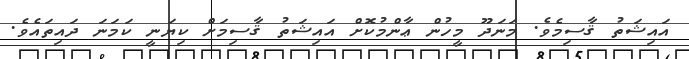
އައިޝަތު ޤާސިމެވެ. މަނަދޫ މީހުން ޢާންމުކޮށް އައިޝަތު ޤާސިމަށް ކިޔަނީ ކަމަނަ ދައިތައެވެ.